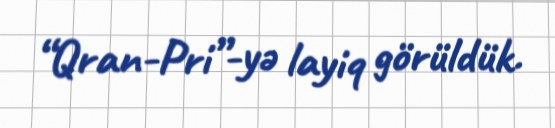
“Qran-Pri”-yə layiq görüldük.